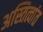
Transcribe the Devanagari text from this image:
अस्तित्वांत